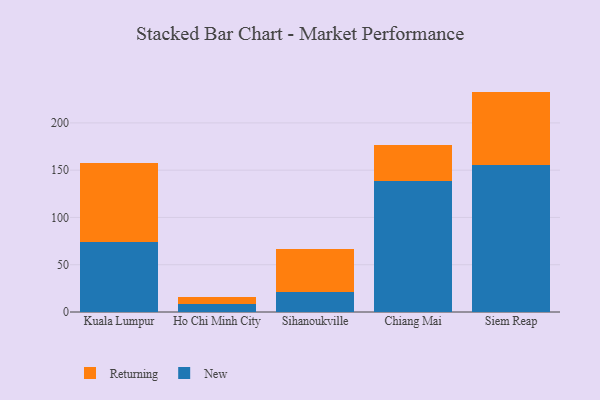
{"axis": {"x": "City", "y": "Humidity (%)"}, "legend": ["New", "Returning"], "data": [{"x": "Kuala Lumpur", "y": 74.3, "type": "New"}, {"x": "Kuala Lumpur", "y": 83.4, "type": "Returning"}, {"x": "Ho Chi Minh City", "y": 8.5, "type": "New"}, {"x": "Ho Chi Minh City", "y": 7.1, "type": "Returning"}, {"x": "Sihanoukville", "y": 21.2, "type": "New"}, {"x": "Sihanoukville", "y": 45.5, "type": "Returning"}, {"x": "Chiang Mai", "y": 138.6, "type": "New"}, {"x": "Chiang Mai", "y": 37.6, "type": "Returning"}, {"x": "Siem Reap", "y": 155.2, "type": "New"}, {"x": "Siem Reap", "y": 77.9, "type": "Returning"}]}